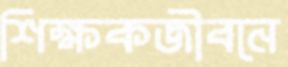
শিক্ষকজীবনে